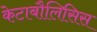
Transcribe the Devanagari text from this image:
केटाबौलिसिस